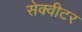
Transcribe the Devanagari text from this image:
सेक्वीटर